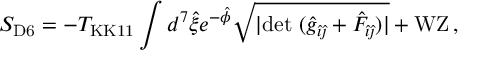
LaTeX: S _ { \mathrm { D 6 } } = - T _ { \mathrm { K K 1 1 } } \int d ^ { 7 } \hat { \xi } e ^ { - \hat { \phi } } \sqrt { | \mathrm { d e t } \ ( \hat { g } _ { \hat { \imath } \hat { \jmath } } + { \hat { \cal F } } _ { \hat { \imath } \hat { \jmath } } ) | } + \mathrm { W Z } \, ,